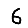
Digit: 6